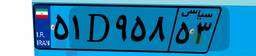
۵۱D۹۵۸۵۳